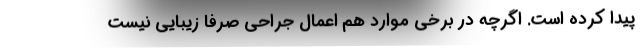
پیدا کرده‌ است. اگرچه در برخی موارد هم اعمال جراحی صرفاً زیبایی نیست